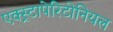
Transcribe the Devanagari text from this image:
एक्स्ट्रापेरिटोनियल